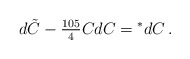
\begin{align*}d\tilde {C} - {\textstyle {105\over 4}} CdC = {}^* dC\, .\end{align*}